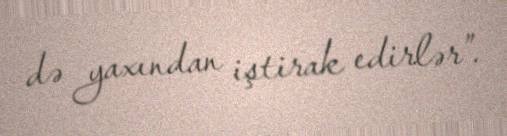
də yaxından iştirak edirlər”.